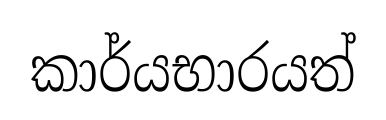
කාර්යභාරයත්